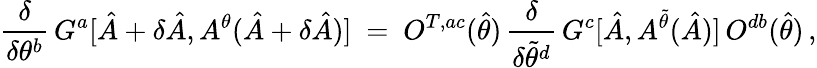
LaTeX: \frac{\delta}{\delta\theta^{b}}\, G^{a}[\hat{A}+\delta\hat{A},A^{\theta}(\hat{A}+\delta\hat{A})]\ =\ O^{T,ac}(\hat{\theta})\, \frac{\delta}{\delta\tilde{\theta}^{d}}\, G^{c}[\hat{A},A^{\tilde{\theta}}(\hat{A})]\, O^{db}(\hat{\theta})\, ,